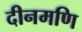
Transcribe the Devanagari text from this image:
दीनमणि